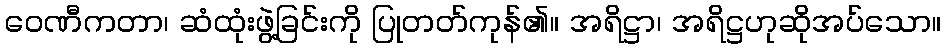
ဝေဏီကတာ၊ ဆံထုံးဖွဲ့ခြင်းကို ပြုတတ်ကုန်၏။ အရိဋ္ဌာ၊ အရိဋ္ဌဟုဆိုအပ်သော။